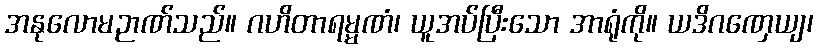
အနုလောမဉာဏ်သည်။ ဂဟိတာရမ္မဏံ၊ ယူအပ်ပြီးသော အာရုံကို။ ယဒိဂဏှေယျ၊